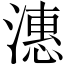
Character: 潓